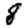
Digit: 8